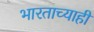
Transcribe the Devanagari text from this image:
भारताच्याही